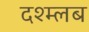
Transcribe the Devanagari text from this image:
दश्म्लब